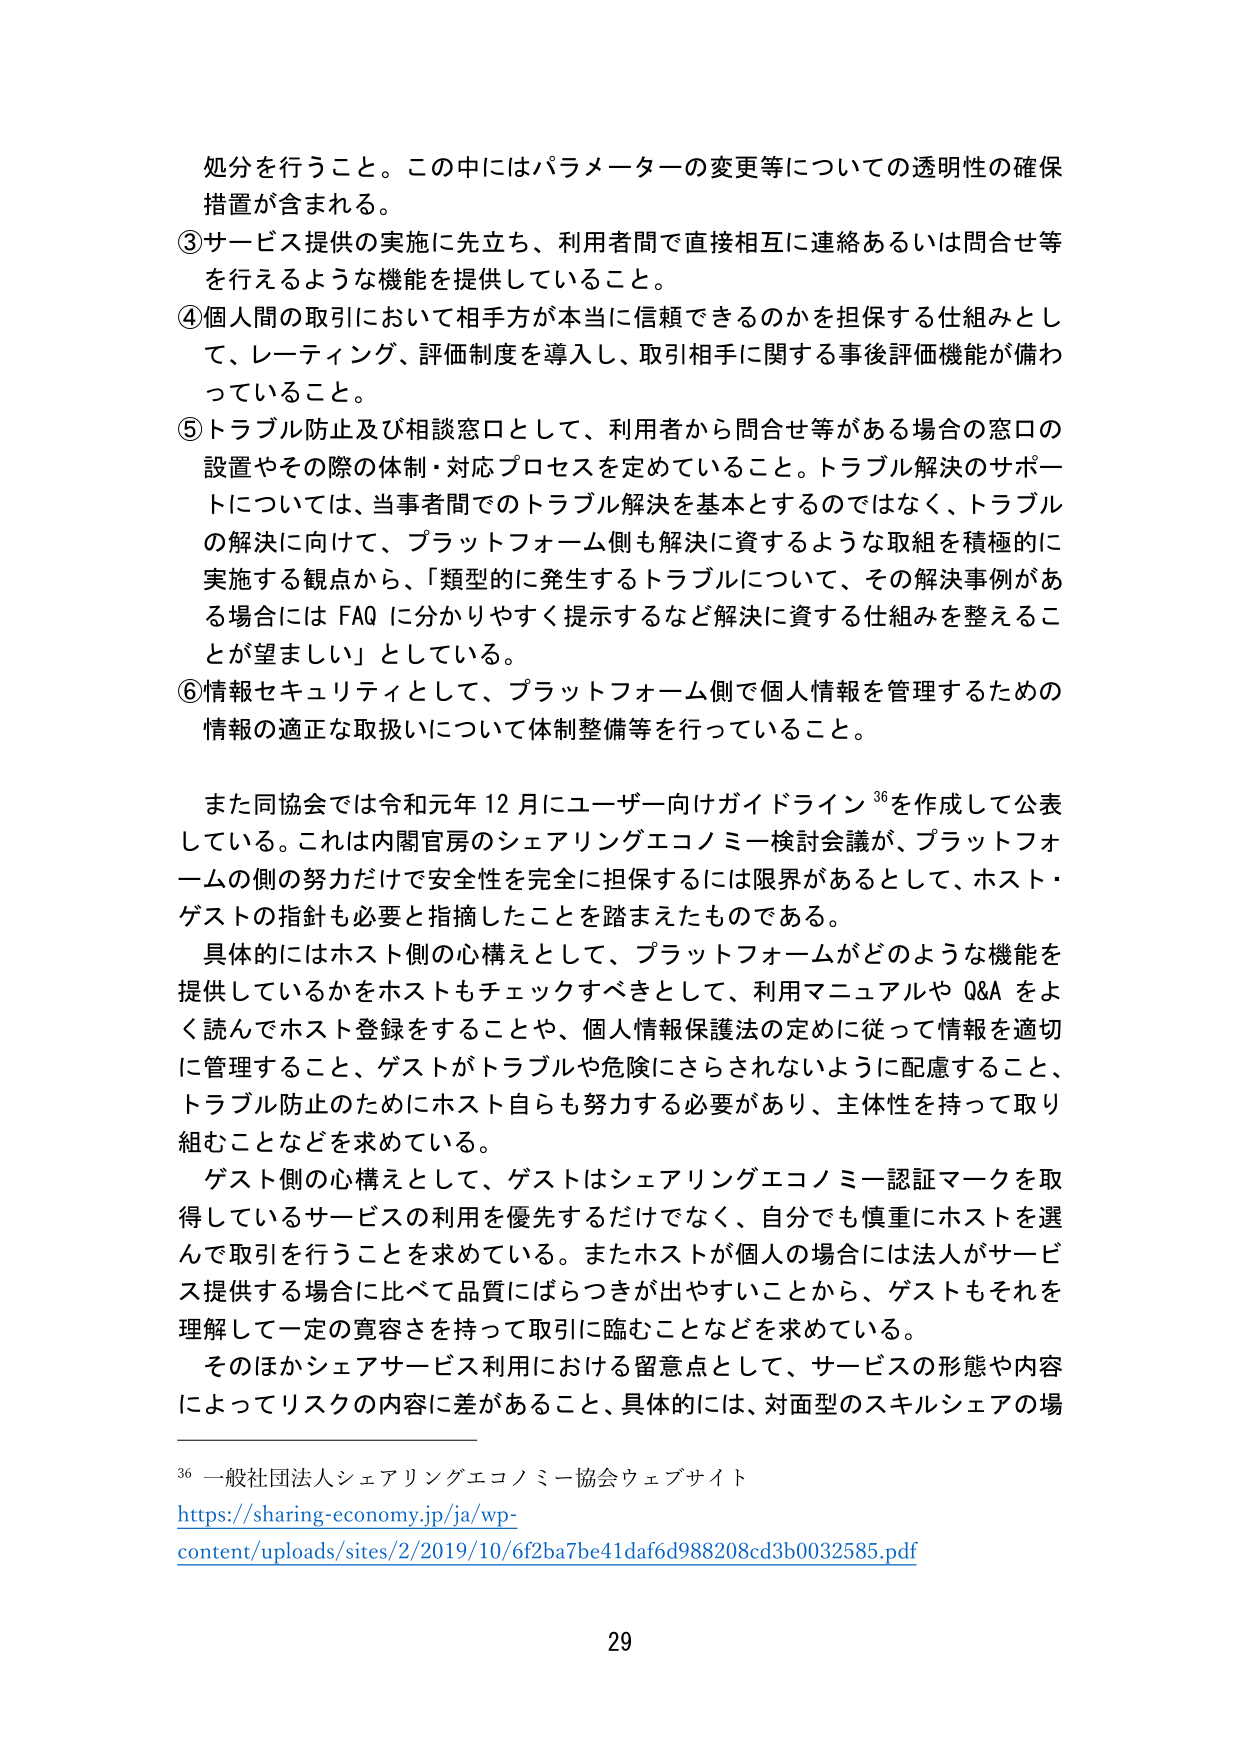
処分を行うこと。この中にはパラメーターの変更等についての透明性の確保措置が含まれる。

③サービス提供の実施に先立ち、利用者間で直接相互に連絡あるいは問合せ等を行えるような機能を提供していること。

④個人間の取引において相手方が本当に信頼できるのかを担保する仕組みとして、レーティング、評価制度を導入し、取引相手に関する事後評価機能が備わっていること。

⑤トラブル防止及び相談窓口として、利用者から問合せ等がある場合の窓口の設置やその際の体制・対応プロセスを定めていること。トラブル解決のサポートについては、当事者間でのトラブル解決を基本とするのではなく、トラブルの解決に向けて、プラットフォーム側も解決に資するような取組を積極的に実施する観点から、「類型的に発生するトラブルについて、その解決事例がある場合には FAQ に分かりやすく提示するなど解決に資する仕組みを整えることが望ましい」としている。

⑥情報セキュリティとして、プラットフォーム側で個人情報を管理するための情報の適正な取扱いについて体制整備等を行っていること。

また同協会では令和元年12月にユーザー向けガイドライン36を作成して公表している。これは内閣官房のシェアリングエコノミー検討会議が、プラットフォームの側の努力だけで安全性を完全に担保するには限界があるとして、ホスト・ゲストの指針も必要と指摘したことを踏まえたものである。

具体的にはホスト側の心構えとして、プラットフォームがどのような機能を提供しているかをホストもチェックすべきとして、利用マニュアルや Q&A をよく読んでホスト登録をすることや、個人情報保護法の定めに従って情報を適切に管理すること、ゲストがトラブルや危険にさらされないように配慮すること、トラブル防止のためにホスト自らも努力する必要があり、主体性を持って取り組むことなどを求めている。

ゲスト側の心構えとして、ゲストはシェアリングエコノミー認証マークを取得しているサービスの利用を優先するだけでなく、自分でも慎重にホストを選んで取引を行うことを求めている。またホストが個人の場合には法人がサービス提供する場合に比べて品質にばらつきが出やすいことから、ゲストもそれを理解して一定の寛容さを持って取引に臨むことなどを求めている。

そのほかシェアサービス利用における留意点として、サービスの形態や内容によってリスクの内容に差があること、具体的には、対面型のスキルシェアの場

36 一般社団法人シェアリングエコノミー協会ウェブサイト
https://sharing-economy.jp/ja/wp-content/uploads/sites/2/2019/10/6f2ba7be41daf6d988208cd3b0032585.pdf

29